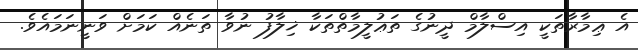
އެ ޢިމާރާތަކީ އިސްލާމް ދީނުގެ ތަޢުލީމާތްތަކާ ޚިލާފު ނުވާ ތަނެއް ކަމަށް ވަނީނަމައެވެ.